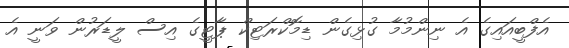
އެފްބީއައިގެ އެ ނިންމުމާ ގުޅިގެން ޑިމޮކްރަޓިކް ޕާޓީގެ އިސް ލީޑަރުން ވަނީ އެ